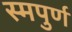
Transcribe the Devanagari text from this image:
स्मपुर्ण